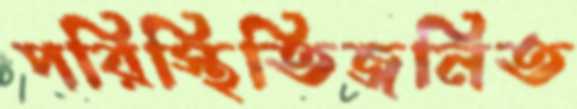
পরিস্থিতিজনিত